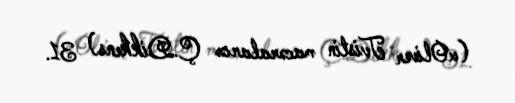
(«Oliver Tvistin macəraları» Ç.Dikkens) 31.